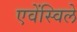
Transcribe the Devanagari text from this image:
एवेंस्विले